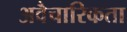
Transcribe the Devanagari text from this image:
अवैचारिकता